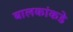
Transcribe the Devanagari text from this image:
बालकांकडे